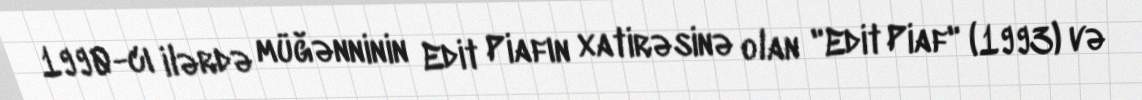
1990-cı ilərdə müğənninin Edit Piafın xatirəsinə olan "Edit Piaf" (1993) və